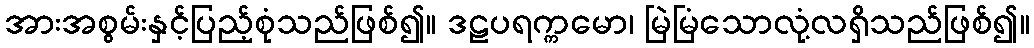
အားအစွမ်းနှင့်ပြည့်စုံသည်ဖြစ်၍။ ဒဠပရက္ကမော၊ မြဲမြံသောလုံ့လရှိသည်ဖြစ်၍။